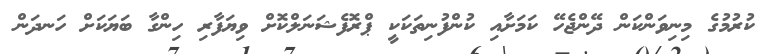
ކުރުމުގެ މިނިވަންކަން ދޭންޖެހޭ ކަމަށާއި ކުންފުނިތަކަކީ ޕްރޮފެޝަނަލްކޮށް ވިޔަފާރި ހިންގާ ބަޔަކަށް ހަނދަން